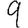
Digit: 9